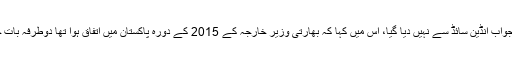
جواب میں مزید کہا گیا کہ بدقسمتی سے ہمارے دوستانہ تعلقات کا جواب انڈین سائڈ سے نہیں دیا گیا، اس میں کہا کہ بھارتی وزیر خارجہ کے 2015 کے دورہ پاکستان میں اتفاق ہوا تھا دوطرفہ بات چیت شروع کی جائے گی لیکن اس معاملے کو آگے نہیں بڑھایا گیا۔